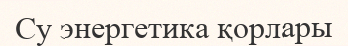
Су энергетика қорлары